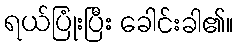
ရယ်ပြုံးပြီး ခေါင်းခါ၏။